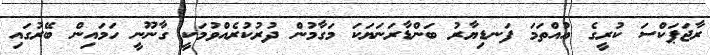
ރާޖަޕަކްސަ ކުރީގެ އުއްތަމަ ފަނޑިޔާރު ބަންޑާރަނަޔަކަ މަގާމުން ދުރުކުރެއްވުމަކީ ގާނޫނީ ހަމައިން ބޭރުގައި